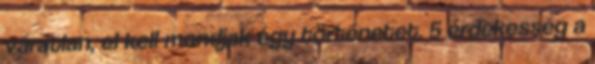
váratlan, el kell mondjak egy történetet. 5 érdekesség a